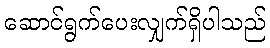
ဆောင်ရွက်ပေးလျှက်ရှိပါသည်